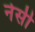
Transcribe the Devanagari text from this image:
नेसी